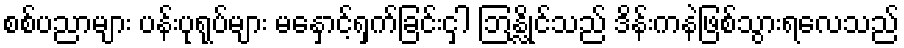
စစ်ပညာများ ပန်းပုရုပ်များ မနှောင့်ရှက်ခြင်းငှါ ဘြန္လိုင်သည် ဒိန်းကနဲဖြစ်သွားရလေသည်